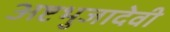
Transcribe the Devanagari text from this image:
अष्टभुजादेवी